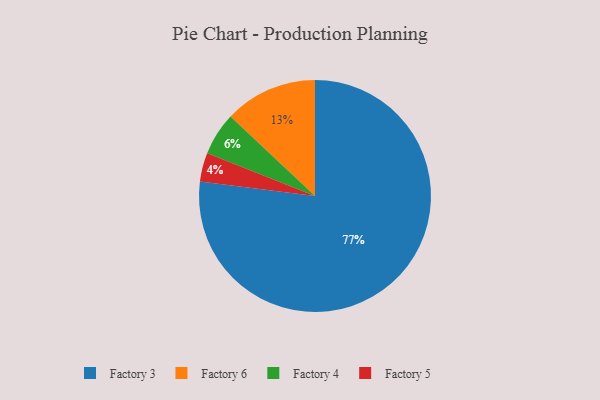
{"axis": {"x": "Category", "y": "Percentage"}, "legend": ["Factory 3", "Factory 4", "Factory 5", "Factory 6"], "data": [{"x": "Factory 6", "y": 13, "type": "Factory 6"}, {"x": "Factory 3", "y": 77, "type": "Factory 3"}, {"x": "Factory 5", "y": 4, "type": "Factory 5"}, {"x": "Factory 4", "y": 6, "type": "Factory 4"}]}